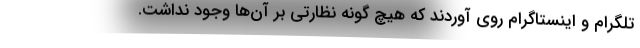
تلگرام و اینستاگرام روی آوردند که هیچ گونه نظارتی بر آن‌ها وجود نداشت.